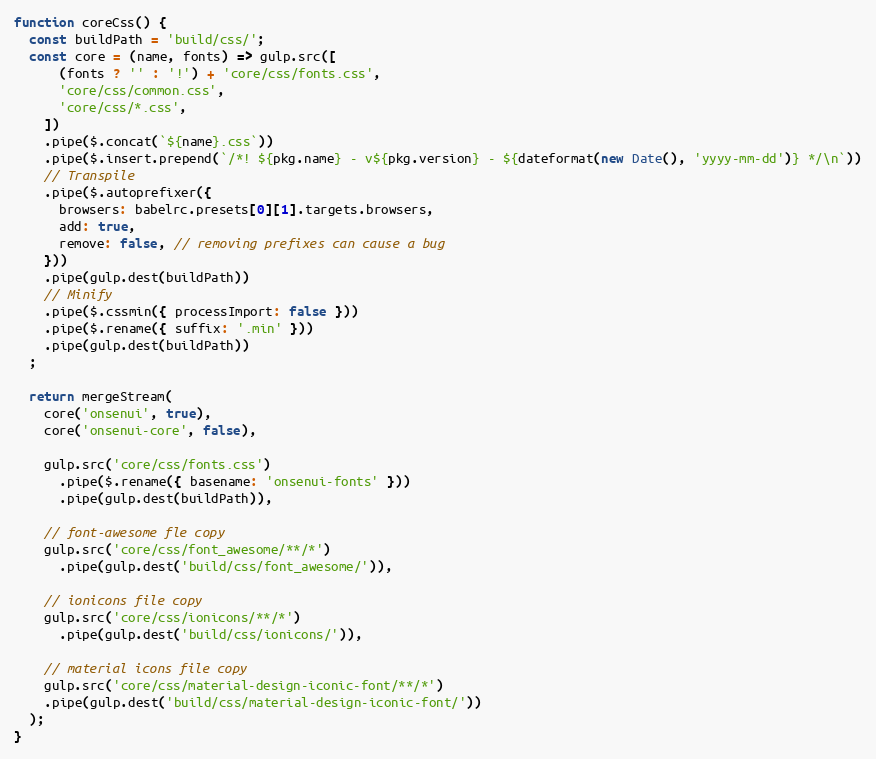
Language: JavaScript
function coreCss() {
  const buildPath = 'build/css/';
  const core = (name, fonts) => gulp.src([
      (fonts ? '' : '!') + 'core/css/fonts.css',
      'core/css/common.css',
      'core/css/*.css',
    ])
    .pipe($.concat(`${name}.css`))
    .pipe($.insert.prepend(`/*! ${pkg.name} - v${pkg.version} - ${dateformat(new Date(), 'yyyy-mm-dd')} */\n`))
    // Transpile
    .pipe($.autoprefixer({
      browsers: babelrc.presets[0][1].targets.browsers,
      add: true,
      remove: false, // removing prefixes can cause a bug
    }))
    .pipe(gulp.dest(buildPath))
    // Minify
    .pipe($.cssmin({ processImport: false }))
    .pipe($.rename({ suffix: '.min' }))
    .pipe(gulp.dest(buildPath))
  ;

  return mergeStream(
    core('onsenui', true),
    core('onsenui-core', false),

    gulp.src('core/css/fonts.css')
      .pipe($.rename({ basename: 'onsenui-fonts' }))
      .pipe(gulp.dest(buildPath)),

    // font-awesome fle copy
    gulp.src('core/css/font_awesome/**/*')
      .pipe(gulp.dest('build/css/font_awesome/')),

    // ionicons file copy
    gulp.src('core/css/ionicons/**/*')
      .pipe(gulp.dest('build/css/ionicons/')),

    // material icons file copy
    gulp.src('core/css/material-design-iconic-font/**/*')
    .pipe(gulp.dest('build/css/material-design-iconic-font/'))
  );
}